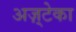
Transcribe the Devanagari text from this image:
अज़्टेका